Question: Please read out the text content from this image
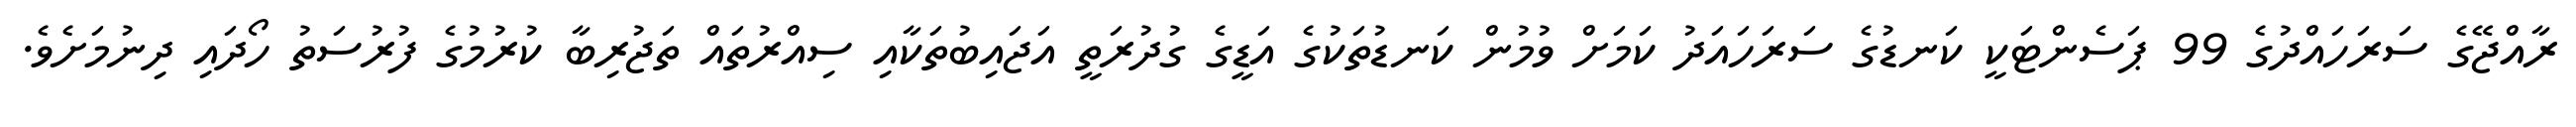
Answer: ރާއްޖޭގެ ސަރަހައްދުގެ 99 ޕަސެންޓަކީ ކަނޑުގެ ސަރަހައަދު ކަމަށް ވުމުން ކަނޑުތަކުގެ އަޑީގެ ގުދުރަތީ އަޖައިބުތަކާއި ސިއްރުތައް ތަޖުރިބާ ކުރުމުގެ ފުރުސަތު ހޯދައި ދިނުމަށެވެ.